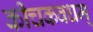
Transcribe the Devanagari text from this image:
कीचकवधम्